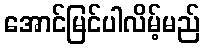
အောင်မြင်ပါလိမ့်မည်